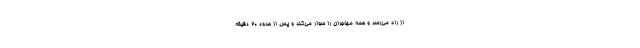
از راه می‌رسد و همه مهاجران را سوار می‌کند و پس از حدود ۲۰ دقیقه